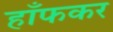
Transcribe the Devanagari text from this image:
हाँफकर